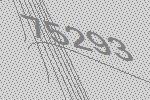
75293